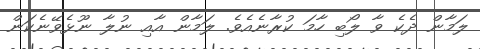
ލަމާން ދެކެ ވާ ލޯބި ހާމަ ކުރާނެއެވެ. ލަމާން އާއި ނުލާ ނޫޅެވޭނެކަން